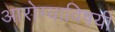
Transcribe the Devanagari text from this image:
आरोग्याविषयी